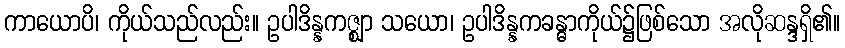
ကာယောပိ၊ ကိုယ်သည်လည်း။ ဥပါဒိန္နကဇ္ဈာ သယော၊ ဥပါဒိန္နကခန္ဓာကိုယ်၌ဖြစ်သော အလိုဆန္ဒရှိ၏။